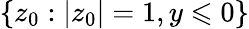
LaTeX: \{ z_{0}:|z_{0}|=1,y\leqslant 0\}